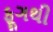
ફૂગથી